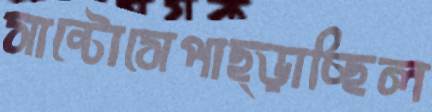
সান্টোসেপাছ্‌ড়াচ্ছিল